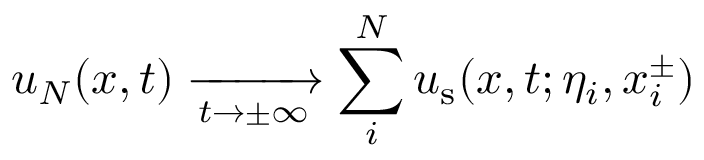
u _ { N } ( x , t ) \xrightarrow [ \footnotesize { t \to \pm \infty } ] { } \sum _ { i } ^ { N } u _ { \mathrm { s } } ( x , t ; \eta _ { i } , x _ { i } ^ { \pm } )